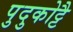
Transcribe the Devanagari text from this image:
पुदुकोट्टै